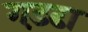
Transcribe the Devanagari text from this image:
गड़ढा